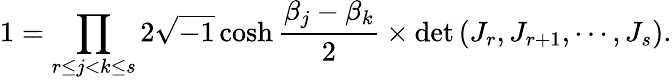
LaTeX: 1=\prod_{r\le j<k\le s}2\sqrt{-1}\cosh\frac{\beta_{j}-\beta_{k}}{2}\times\operatorname*{det}\left(J_{r},J_{r+1},\cdots,J_{s}\right).